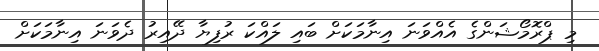
މި ޕްރޮމޯޝަންގެ އެއްވަނަ އިނާމަކަށް ބައި ލައްކަ ރުފިޔާ ދޭއިރު ދެވަނަ އިނާމަކަށް